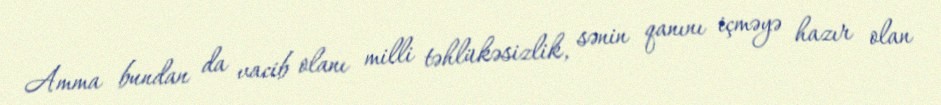
Amma bundan da vacib olanı milli təhlükəsizlik, sənin qanını içməyə hazır olan